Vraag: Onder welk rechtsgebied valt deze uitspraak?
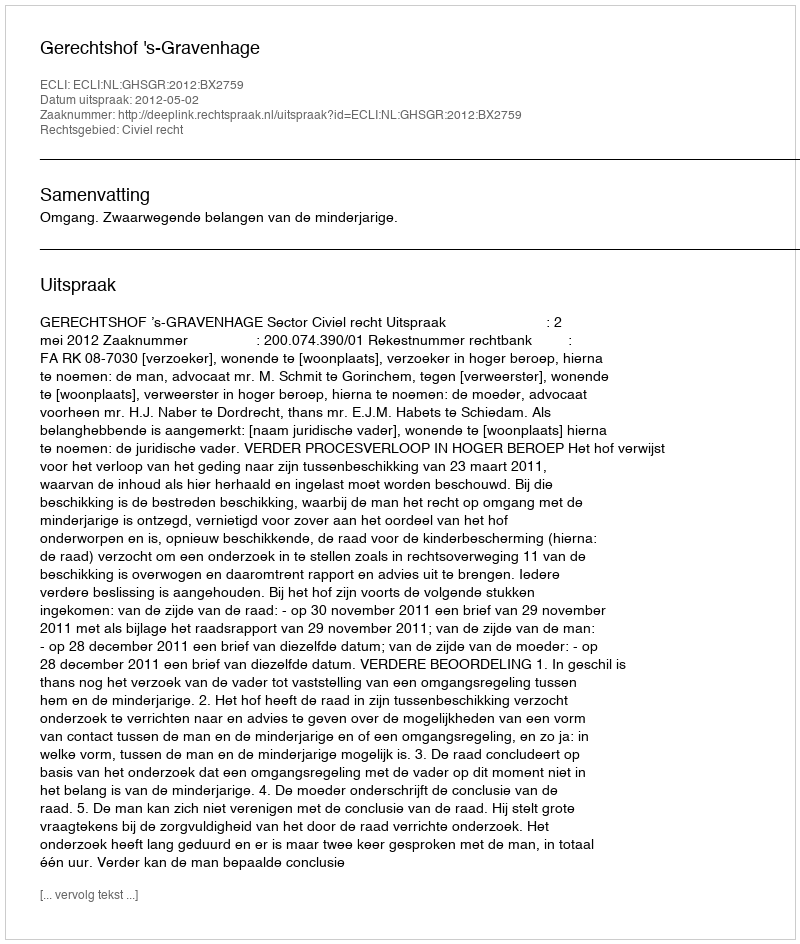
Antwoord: Civiel recht